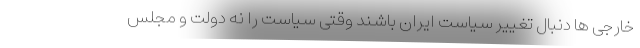
خارجی ها دنبال تغییر سیاست ایران باشند وقتی سیاست را نه دولت و مجلس